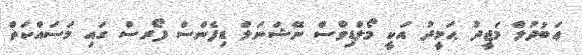
ޢަބުދުލް މަޖީދު ޙަމީދު އަކީ މޯލްޑިވްސް ނޭޝަނަލް ޑިފެންސް ފޯރސް ގައި މަސައްކަތް